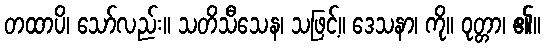
တထာပိ၊ သော်လည်း။ သတိသီသေန၊ သဖြင့်။ ဒေသနာ၊ ကို။ ဝုတ္တာ၊ ၏။